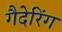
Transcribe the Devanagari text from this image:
गैदेरिंग